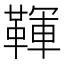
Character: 䩵